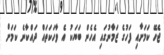
ޖެހޭ ކަމަށާއި ފަހުގެ ޒަމާނުގައި އެހެން ބަޔަކު އެ ވާހަކަތައް ދައްކާނެ ކަމަށް